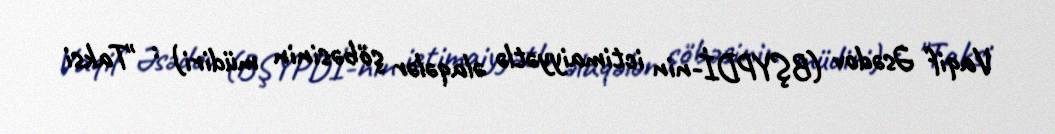
Vaqif Əsədov (BŞYPDİ-nin ictimaiyyətlə əlaqələr şöbəsinin müdiri) : "Taksi